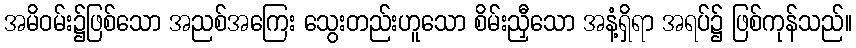
အမိဝမ်း၌ဖြစ်သော အညစ်အကြေး သွေးတည်းဟူသော စိမ်းညှီသော အနံ့ရှိရာ အရပ်၌ ဖြစ်ကုန်သည်။